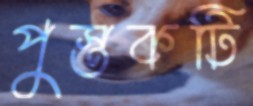
পুস্তকটি